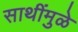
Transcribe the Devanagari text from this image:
साथींमुळे